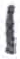
אות: י